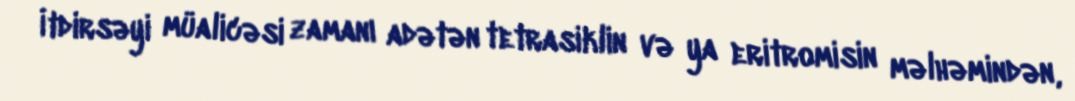
İtdirsəyi müalicəsi zamanı adətən tetrasiklin və ya eritromisin məlhəmindən,